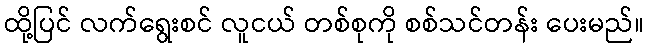
ထို့ပြင် လက်ရွေးစင် လူငယ် တစ်စုကို စစ်သင်တန်း ပေးမည်။